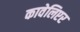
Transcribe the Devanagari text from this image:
कावेलिएर